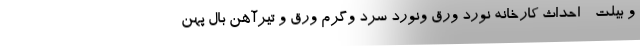
و بيلت - احداث كارخانه نورد ورق ونورد سرد وگرم ورق و تيرآهن بال پهن